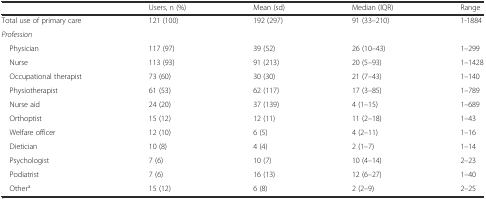
<table><thead><tr><td></td><td><b>Users, n (%)</b></td><td><b>Mean (sd)</b></td><td><b>Median (IQR)</b></td><td><b>Range</b></td></tr></thead><tbody><tr><td>Total use of primary care</td><td>121 (100)</td><td>192 (297)</td><td>91 (33–210)</td><td>1-1884</td></tr><tr><td colspan="5"><i>Profession</i></td></tr><tr><td> Physician</td><td>117 (97)</td><td>39 (52)</td><td>26 (10–43)</td><td>1–299</td></tr><tr><td> Nurse</td><td>113 (93)</td><td>91 (213)</td><td>20 (5–93)</td><td>1–1428</td></tr><tr><td> Occupational therapist</td><td>73 (60)</td><td>30 (30)</td><td>21 (7–43)</td><td>1–140</td></tr><tr><td> Physiotherapist</td><td>61 (53)</td><td>62 (117)</td><td>17 (3–85)</td><td>1–789</td></tr><tr><td> Nurse aid</td><td>24 (20)</td><td>37 (139)</td><td>4 (1–15)</td><td>1–689</td></tr><tr><td> Orthoptist</td><td>15 (12)</td><td>12 (11)</td><td>11 (2–18)</td><td>1–43</td></tr><tr><td> Welfare officer</td><td>12 (10)</td><td>6 (5)</td><td>4 (2–11)</td><td>1–16</td></tr><tr><td> Dietician</td><td>10 (8)</td><td>4 (4)</td><td>2 (1–7)</td><td>1–14</td></tr><tr><td> Psychologist</td><td>7 (6)</td><td>10 (7)</td><td>10 (4–14)</td><td>2–23</td></tr><tr><td> Podiatrist</td><td>7 (6)</td><td>16 (13)</td><td>12 (6–27)</td><td>1–40</td></tr><tr><td> Other<sup>a</sup></td><td>15 (12)</td><td>6 (8)</td><td>2 (2–9)</td><td>2–25</td></tr></tbody></table>